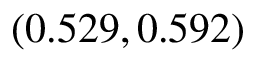
( 0 . 5 2 9 , 0 . 5 9 2 )